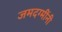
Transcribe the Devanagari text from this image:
जमदग्मींनी